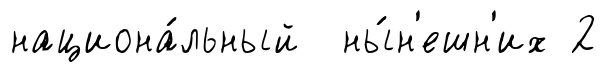
национа́льный ны́н'ешн'их 2